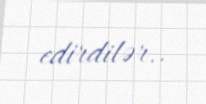
edirdilər..